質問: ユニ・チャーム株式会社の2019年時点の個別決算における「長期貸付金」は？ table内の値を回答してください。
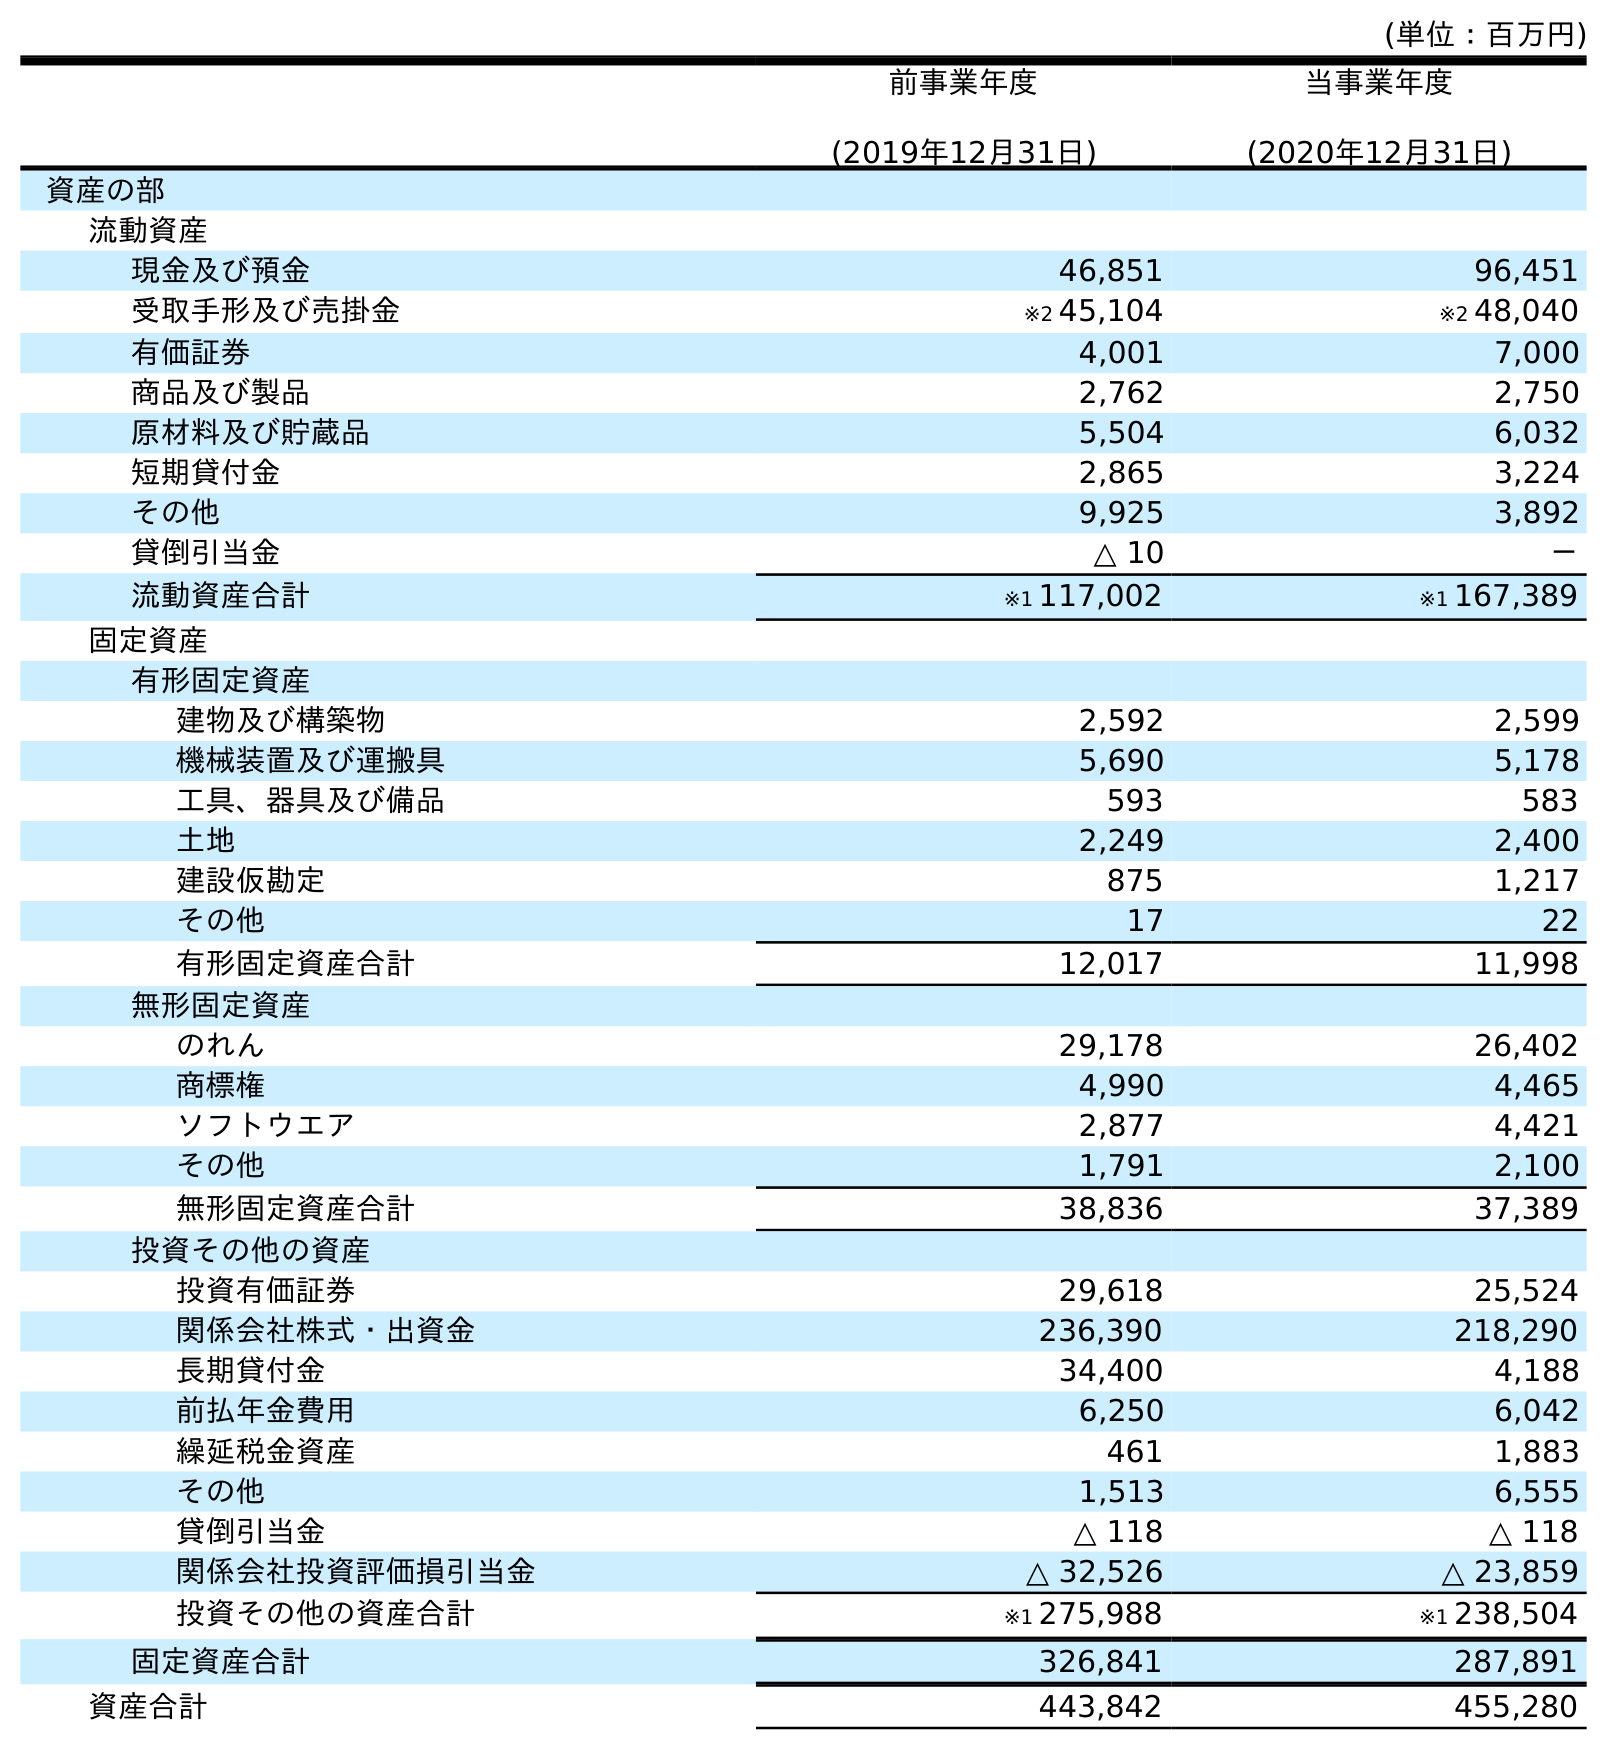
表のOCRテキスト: (単位：百万円) 前事業年度 (2019年12月31日) 当事業年度 (2020年12月31日) 資産の部 流動資産 現金及び預金 46,851 96,451 受取手形及び売掛金 ※2 45,104 ※2 48,040 有価証券 4,001 7,000 商品及び製品 2,762 2,750 原材料及び貯蔵品 5,504 6,032 短期貸付金 2,865 3,224 その他 9,925 3,892 貸倒引当金 △ 10 － 流動資産合計 ※1 117,002 ※1 167,389 固定資産 有形固定資産 建物及び構築物 2,592 2,599 機械装置及び運搬具 5,690 5,178 工具、器具及び備品 593 583 土地 2,249 2,400 建設仮勘定 875 1,217 その他 17 22 有形固定資産合計 12,017 11,998 無形固定資産 のれん 29,178 26,402 商標権 4,990 4,465 ソフトウエア 2,877 4,421 その他 1,791 2,100 無形固定資産合計 38,836 37,389 投資その他の資産 投資有価証券 29,618 25,524 関係会社株式・出資金 236,390 218,290 長期貸付金 34,400 4,188 前払年金費用 6,250 6,042 繰延税金資産 461 1,883 その他 1,513 6,555 貸倒引当金 △ 118 △ 118 関係会社投資評価損引当金 △ 32,526 △ 23,859 投資その他の資産合計 ※1 275,988 ※1 238,504 固定資産合計 326,841 287,891 資産合計 443,842 455,280
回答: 34,400